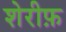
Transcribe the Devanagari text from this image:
शेरीफ़